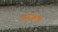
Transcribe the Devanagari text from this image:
फ़ेथफ़ुली